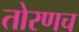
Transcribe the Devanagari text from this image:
तोरणच